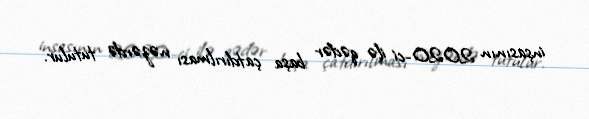
inşasının 2020-ci ilə qədər başa çatdırılması nəzərdə tutulur.